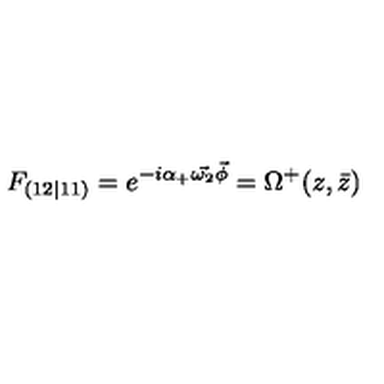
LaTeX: F _ { ( 1 2 \vert 1 1 ) } = e ^ { - i \alpha _ { + } \vec { \omega _ { 2 } } \vec { \phi } } = \Omega ^ { + } ( z , \bar { z } )